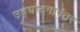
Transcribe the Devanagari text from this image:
उद्‌घाटनानंतर